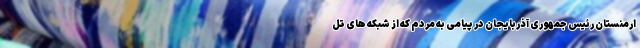
ارمنستان رئیس جمهوری آذربایجان در پیامی به مردم که از شبکه های تل